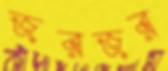
জরজর